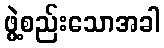
ဖွဲ့စည်းသောအခါ